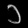
Digit: ၁